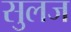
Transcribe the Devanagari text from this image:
सुलज